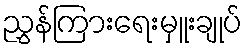
ညွှန်ကြားရေးမှူးချုပ်